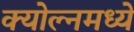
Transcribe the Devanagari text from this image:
क्योल्नमध्ये